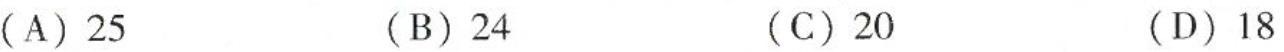
(A)25(B)24(C)20(D)18